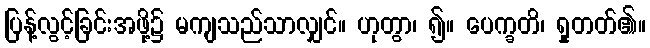
ပြန့်လွင့်ခြင်းအဖို့၌ မကျသည်သာလျှင်။ ဟုတွာ၊ ၍။ ပေက္ခတိ၊ ရှုတတ်၏။